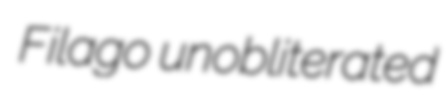
Filago unobliterated